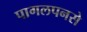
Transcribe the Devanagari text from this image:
पागलपनसे